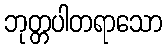
ဘုတ္တပါတရာသော